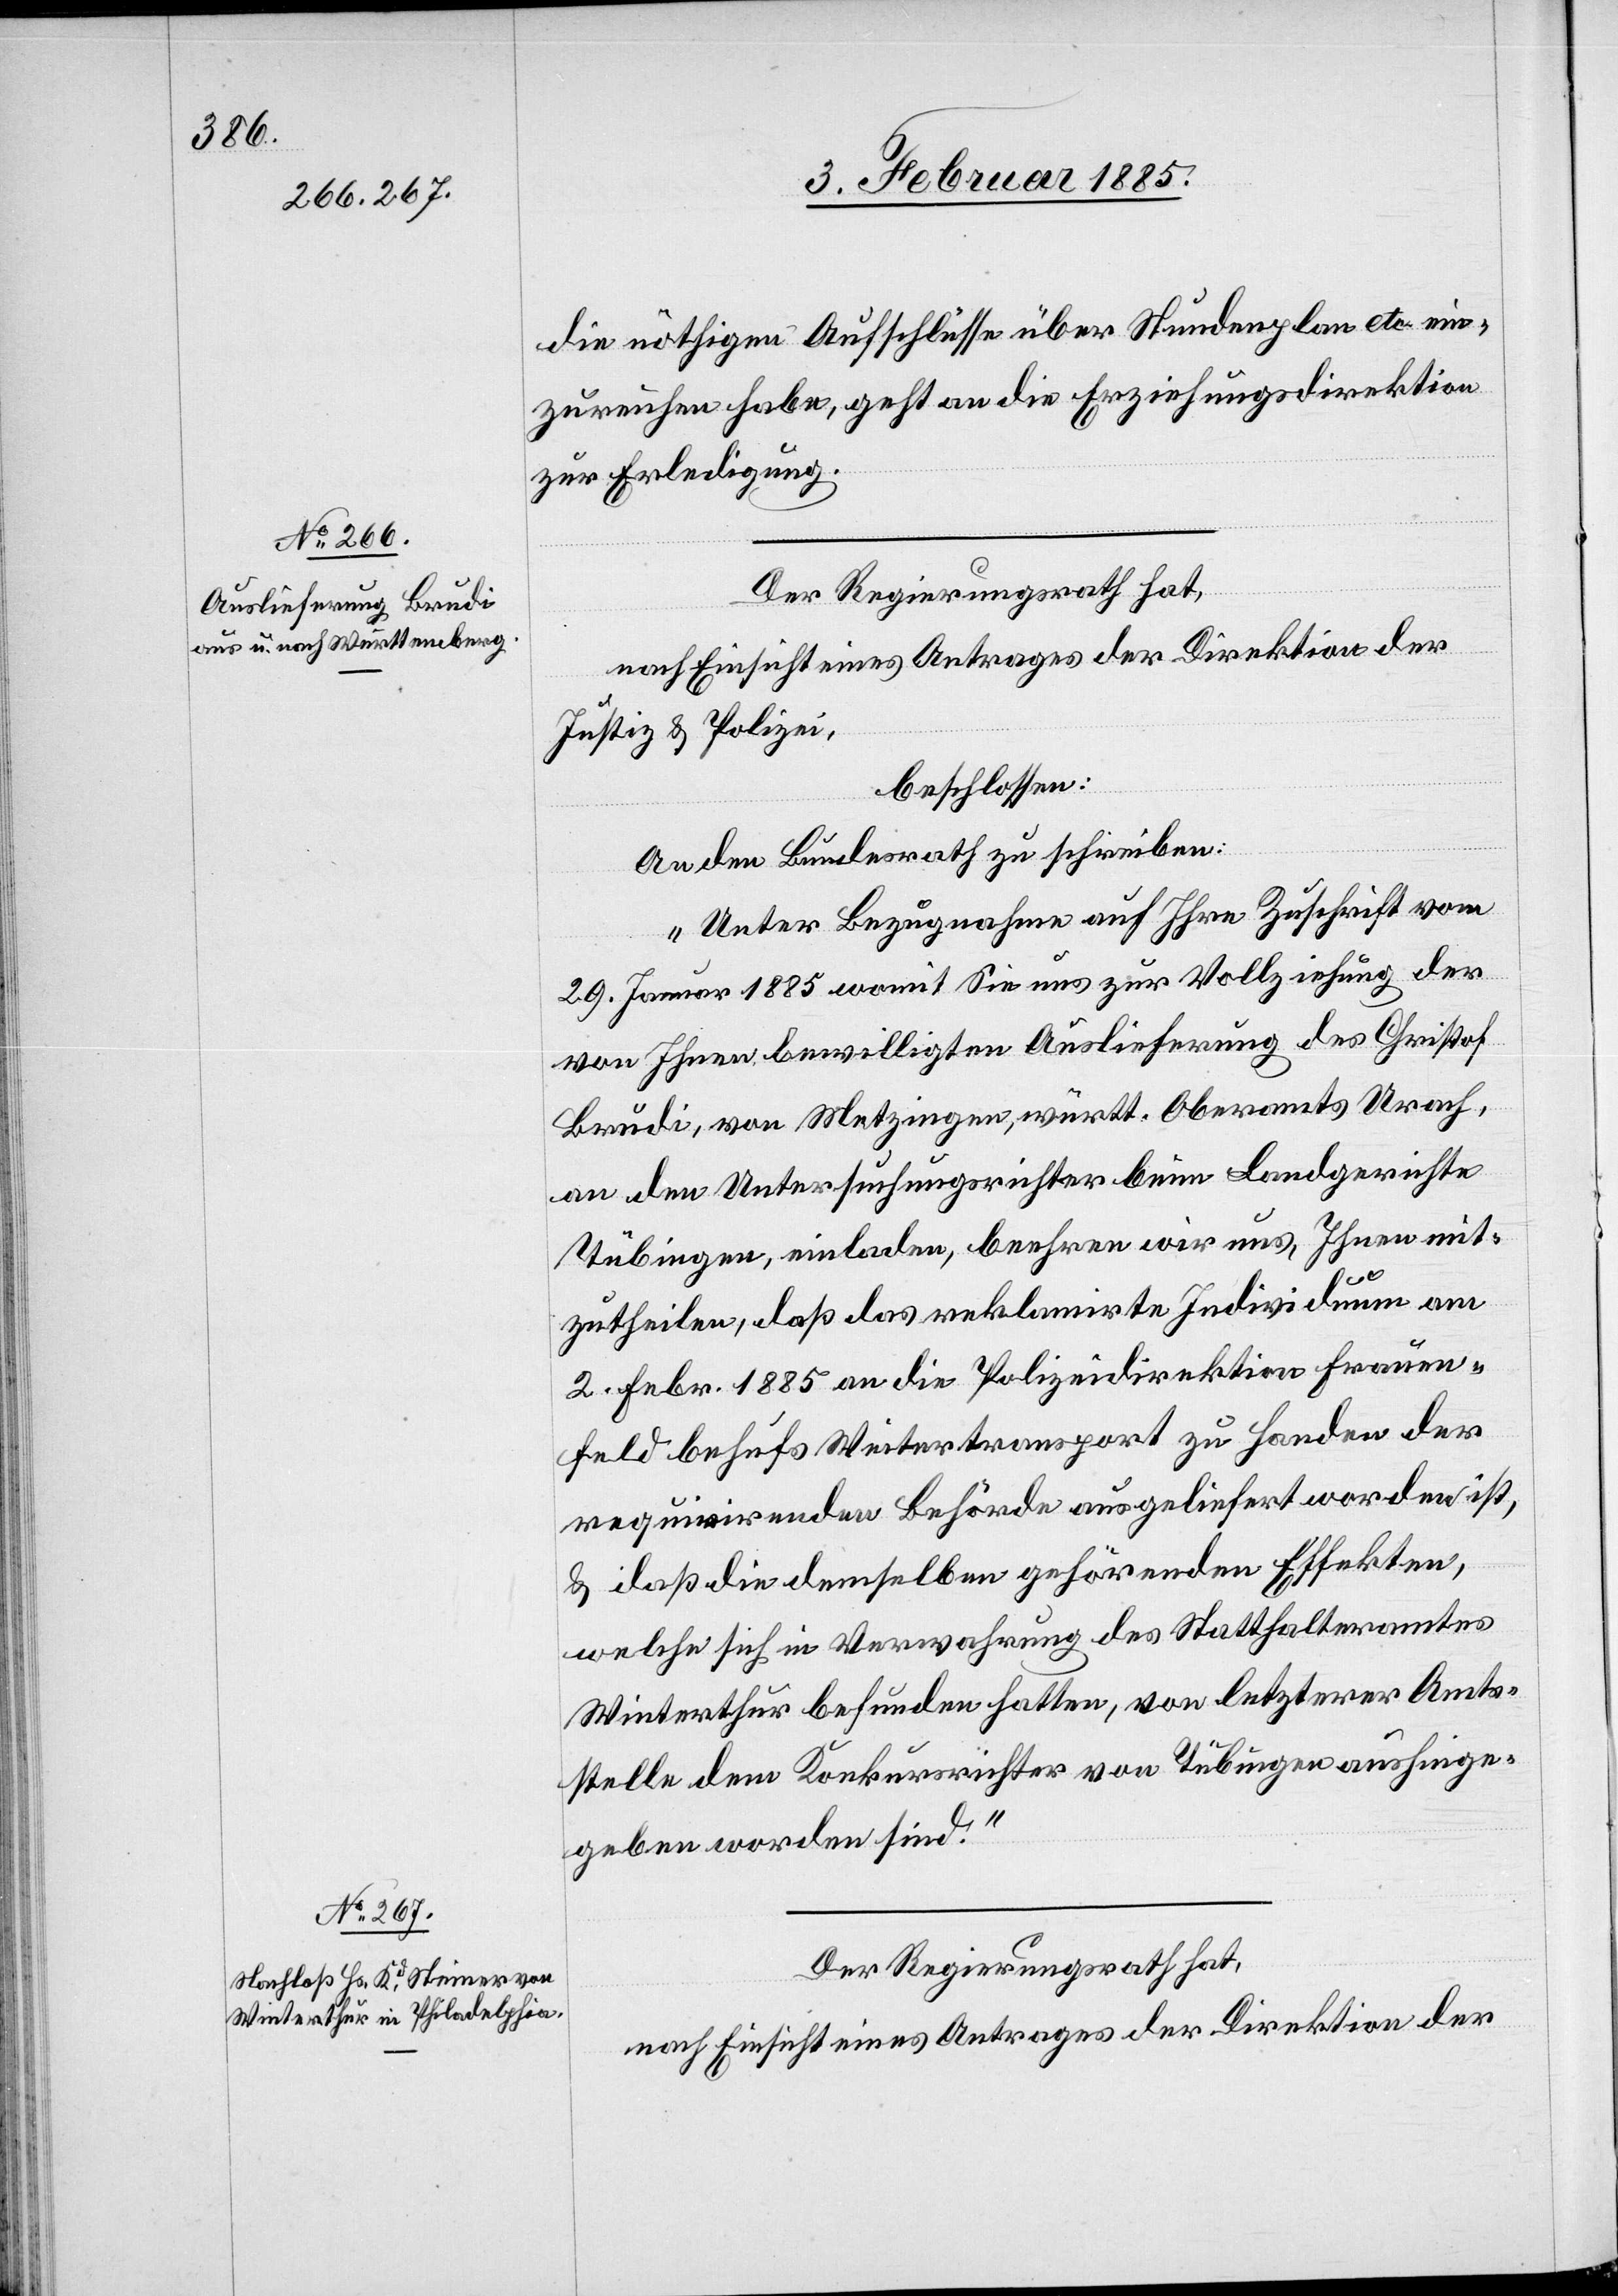
3. Februar 1885]
die nöthigen Aufschlüsse über Stundenplan etc. ein¬
zureichen habe, geht an die Erziehungsdirektion
zur Erledigung.
Der Regierungsrath hat,
nach Einsicht eines Antrages der Direktion der
Justiz & Polizei,
beschlossen:
An den Bundesrath zu schreiben:
„Unter Bezugnahme auf Ihre Zuschrift vom
29. Januar 1885 womit Sie uns zur Vollziehung der
von Ihnen bewilligten Auslieferung des Christof
Brudi, von Metzingen, württh. Oberamts Urach,
an den Untersuchungsrichter beim Landgerichte
Tübingen, einladen, beehren wir uns, Ihnen mit¬
zutheilen, daß das reklamirte Individuum am
2. Febr. 1885 an die Polizeidirektion Frauen¬
feld behufs Weitertransport zu Handen der
requirirenden Behörde ausgeliefert worden ist,
& daß die demselben gehörenden Effekten,
welche sich in Verwahrung des Statthalteramtes
Winterthur befunden hatten, von letzterer Amts¬
stelle dem Konkursrichter von Tübingen aushinge¬
geben worden sind.“
Der Regierungsrath hat,
nach Einsicht eines Antrages der Direktion der